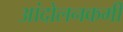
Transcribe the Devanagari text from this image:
आंदोलनकर्मी